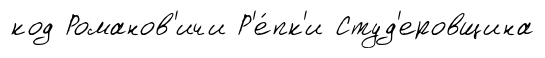
код Романов'ичи Р'е́пк'и Студ'еровщина